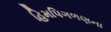
હિમપિગળણના